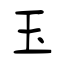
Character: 玉